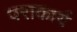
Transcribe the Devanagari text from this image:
पराकार्य